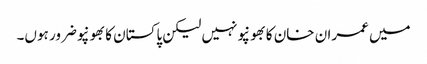
میں عمران خان کا بھونپو نہیں لیکن پاکستان کا بھونپو ضرور ہوں۔